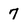
Character: 7